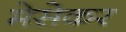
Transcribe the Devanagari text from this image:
मेसेकर